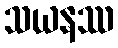
သယနဿ